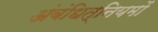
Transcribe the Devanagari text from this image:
अंबंधित्नियमों